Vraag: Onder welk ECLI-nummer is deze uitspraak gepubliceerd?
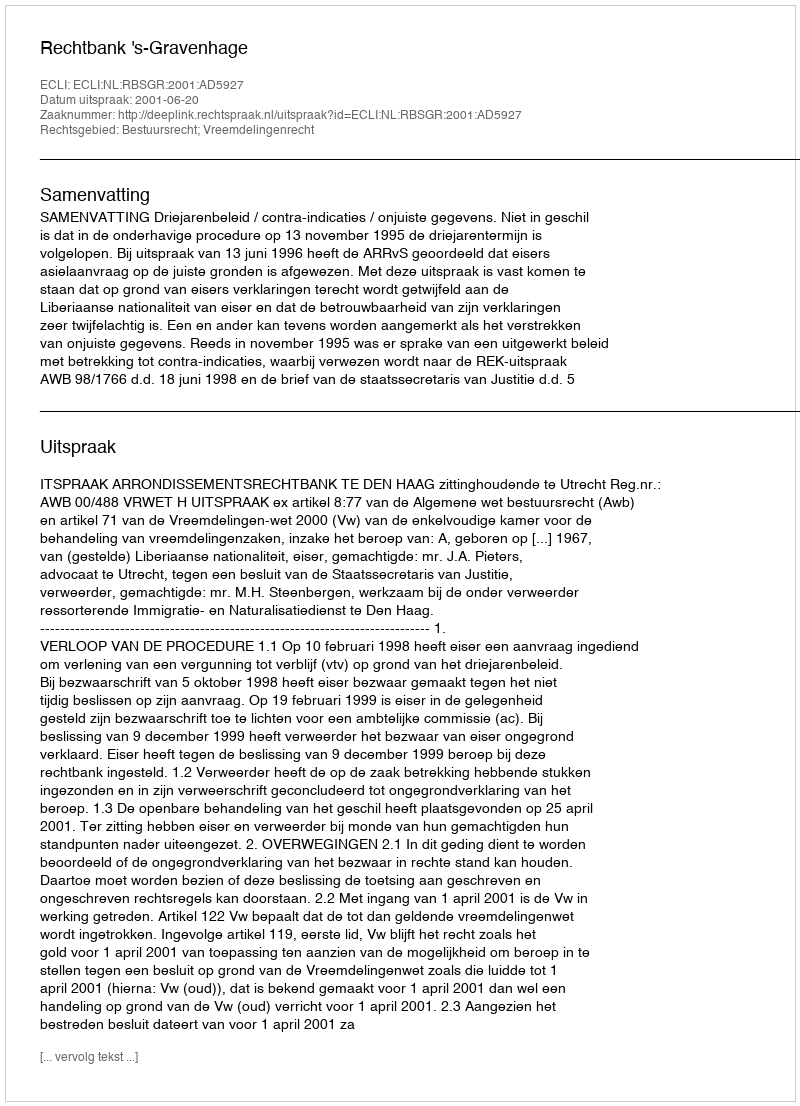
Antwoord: ECLI:NL:RBSGR:2001:AD5927